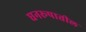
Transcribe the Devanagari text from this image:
घनरूपातील